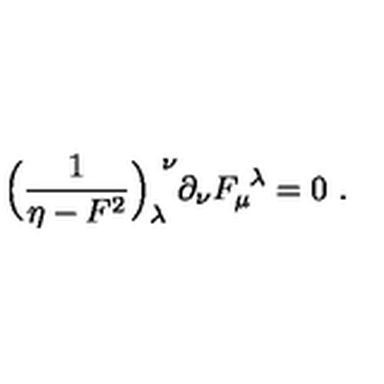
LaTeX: \Bigl ( { \frac { 1 } { \eta - F ^ { 2 } } } \Bigr ) _ { \lambda } ^ { \ \nu } \partial _ { \nu } F _ { \mu } ^ { \ \lambda } = 0 \ .